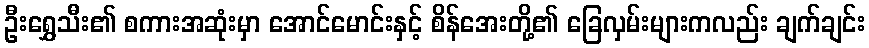
ဦးရွှေသီး၏ စကားအဆုံးမှာ အောင်မောင်းနှင့် စိန်အေးတို့၏ ခြေလှမ်းများကလည်း ချက်ချင်း